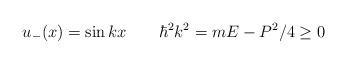
LaTeX: \begin{align*}u_-(x) = \sin k x\qquad \hbar^2 k^2=mE - P^2/4 \ge 0\end{align*}